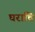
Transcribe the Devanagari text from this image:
घरांचि